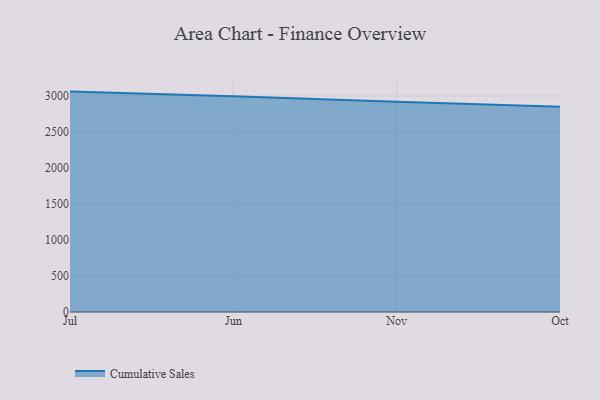
{"axis": {"x": "Month", "y": "Headcount"}, "legend": ["Cumulative Sales"], "data": [{"x": "Jul", "y": 3060.7, "type": "Cumulative Sales"}, {"x": "Jun", "y": 2995.5, "type": "Cumulative Sales"}, {"x": "Nov", "y": 2919.2, "type": "Cumulative Sales"}, {"x": "Oct", "y": 2848.9, "type": "Cumulative Sales"}]}